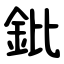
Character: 鈚